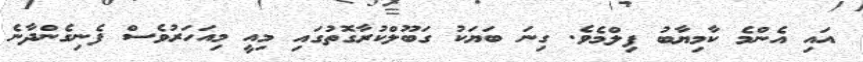
އައި އެންމެ ކާމިޔާބު ފިލްމެވެ. ގިނަ ބަޔަކު ގަބޫލްކުރާގޮތުގައި މިއީ މިއަހަރުވެސް ފެނިގެންދާނެ